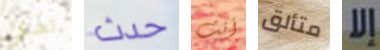
تصفي حدث أنت متألق إلا